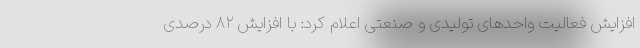
افزایش فعالیت واحدهای تولیدی و صنعتی اعلام کرد: با افزایش ۸۲ درصدی